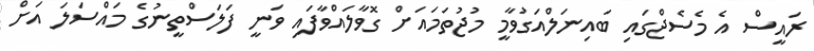
ރައީސް އެ މެސެޖްގައި ބައިނަލްއަގުވާމީ މުޖުތަމައަށް ގޮވާލައްވާފައި ވަނީ ފަލަސްތީނުގެ މައްސަލަ އަށް